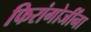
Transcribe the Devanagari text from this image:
फिरांगोजींना